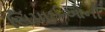
સિપાઈઓની